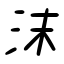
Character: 沫